Vaccination report Assam 1896-1927 - 1896-1927
Year: 1896
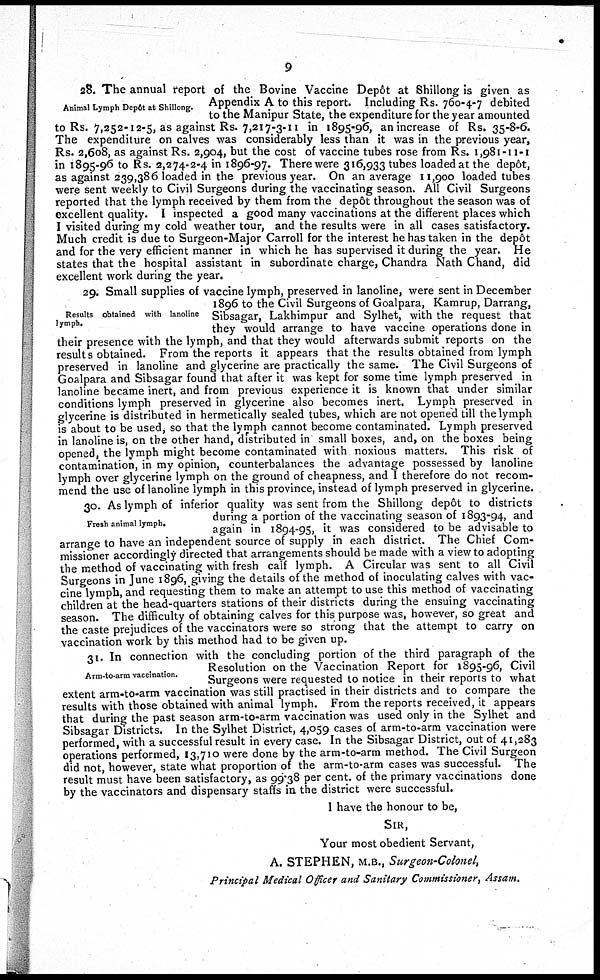
9
Animal Lymph Depôt at Shillong.
28. The annual report of the Bovine Vaccine Depôt at Shillong is given as
Appendix A to this report. Including Rs. 760-4-7 debited
to the Manipur State, the expenditure for the year amounted
to Rs. 7,252-12-5, as against Rs. 7,217-3-11 in 1895-96, an increase of Rs. 35-8-6.
The expenditure on calves was considerably less than it was in the previous year,
Rs. 2,608, as against Rs. 2,904, but the cost of vaccine tubes rose from Rs. 1,981-11-1
in 1895-96 to Rs. 2,274-2-4 in 1896-97. There were 316,933 tubes loaded at the depôt,
as against 239,386 loaded in the previous year. On an average 11,900 loaded tubes
were sent weekly to Civil Surgeons during the vaccinating season. All Civil Surgeons
reported that the lymph received by them from the depôt throughout the season was of
excellent quality. I inspected a good many vaccinations at the different places which
I visited during my cold weather tour, and the results were in all cases satisfactory.
Much credit is due to Surgeon-Major Carroll for the interest he has taken in the depôt
and for the very efficient manner in which he has supervised it during the year. He
states that the hospital assistant in subordinate charge, Chandra Nath Chand, did
excellent work during the year.
Results obtained with lanoline
lymph.
29. Small supplies of vaccine lymph, preserved in lanoline, were sent in December
1896 to the Civil Surgeons of Goalpara, Kamrup, Darrang,
Sibsagar, Lakhimpur and Sylhet, with the request that
they would arrange to have vaccine operations done in
their presence with the lymph, and that they would afterwards submit reports on the
results obtained. From the reports it appears that the results obtained from lymph
preserved in lanoline and glycerine are practically the same. The Civil Surgeons of
Goalpara and Sibsagar found that after it was kept for some time lymph preserved in
lanoline became inert, and from previous experience it is known that under similar
conditions lymph preserved in glycerine also becomes inert. Lymph preserved in
glycerine is distributed in hermetically sealed tubes, which are not opened till the lymph
is about to be used, so that the lymph cannot become contaminated. Lymph preserved
in lanoline is, on the other hand, distributed in small boxes, and, on the boxes being
opened, the lymph might become contaminated with noxious matters. This risk of
contamination, in my opinion, counterbalances the advantage possessed by lanoline
lymph over glycerine lymph on the ground of cheapness, and I therefore do not recom-
mend the use of lanoline lymph in this province, instead of lymph preserved in glycerine.
Fresh animal lymph.
30. As lymph of inferior quality was sent from the Shillong depôt to districts
during a portion of the vaccinating season of 1893-94, and
again in 1894-95, it was considered to be advisable to
arrange to have an independent source of supply in each district. The Chief Com-
missioner accordingly directed that arrangements should be made with a view to adopting
the method of vaccinating with fresh calf lymph. A Circular was sent to all Civil
Surgeons in June 1896, giving the details of the method of inoculating calves with vac-
cine lymph, and requesting them to make an attempt to use this method of vaccinating
children at the head-quarters stations of their districts during the ensuing vaccinating
season. The difficulty of obtaining calves for this purpose was, however, so great and
the caste prejudices of the vaccinators were so strong that the attempt to carry on
vaccination work by this method had to be given up.
Arm-to-arm vaccination.
31. In connection with the concluding portion of the third paragraph of the
Resolution on the Vaccination Report for 1895-96, Civil
Surgeons were requested to notice in their reports to what
extent arm-to-arm vaccination was still practised in their districts and to compare the
results with those obtained with animal lymph. From the reports received, it appears
that during the past season arm-to-arm vaccination was used only in the Sylhet and
Sibsagar Districts. In the Sylhet District, 4,059 cases of arm-to-arm vaccination were
performed, with a successful result in every case. In the Sibsagar District, out of 41,283
operations performed, 13,710 were done by the arm-to-arm method. The Civil Surgeon
did not, however, state what proportion of the arm-to-arm cases was successful. The
result must have been satisfactory, as 99.38 per cent. of the primary vaccinations done
by the vaccinators and dispensary staffs in the district were successful.
I have the honour to be,
SIR,
Your most obedient Servant,
A. STEPHEN, M.B., Surgeon-Colonel,
Principal Medical Officer and Sanitary Commissioner, Assam.